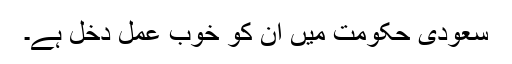
سعودی حکومت میں ان کو خوب عمل دخل ہے۔